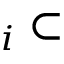
_ i \subset